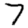
Digit: 7